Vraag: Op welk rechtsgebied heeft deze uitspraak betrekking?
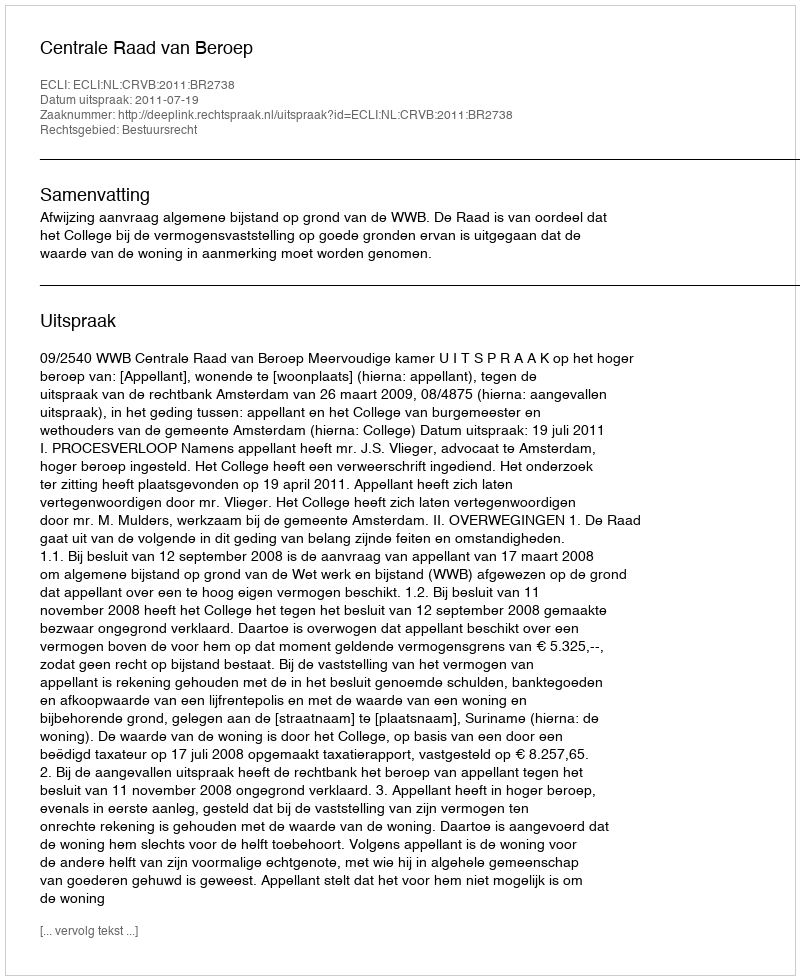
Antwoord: Bestuursrecht